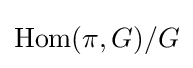
\operatorname {Hom} (\pi ,G)/G